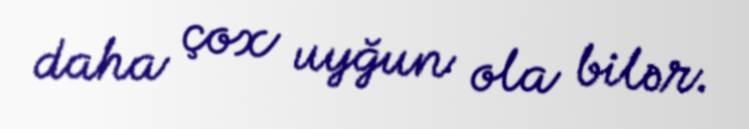
daha çox uyğun ola bilər.